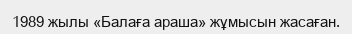
1989 жылы «Балаға араша» жұмысын жасаған.